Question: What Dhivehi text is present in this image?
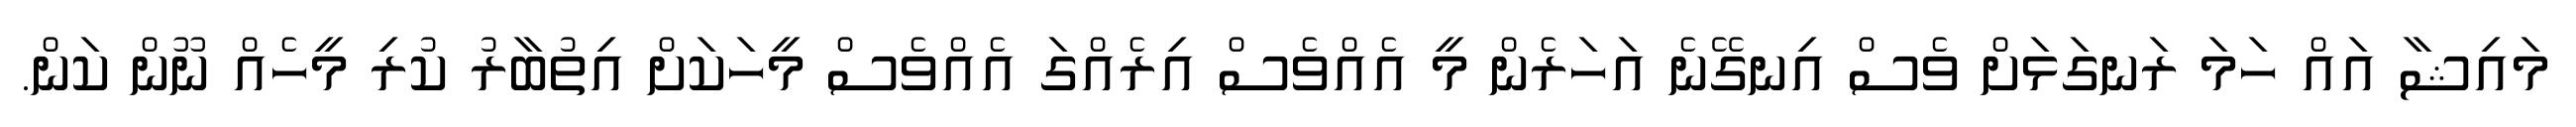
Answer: މައިޝާ އައް ހަމަ ރަނގަޅަށް ވެސް އިނގޭނެ އަހަރެން މީ އެއްވެސް އިރެއްގަ އެއްވެސް މީހަކަށް އިތުބާރު ކުރި މީހެއް ނޫން ކަން.